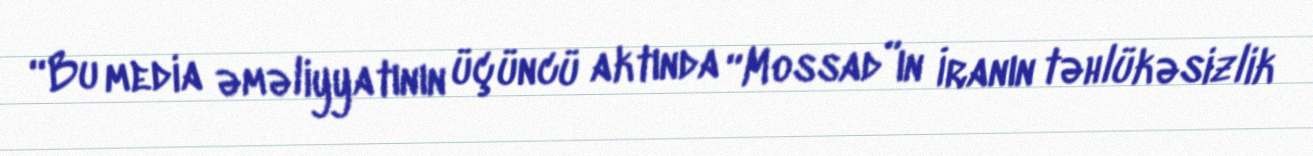
“Bu media əməliyyatının üçüncü aktında “Mossad”ın İranın təhlükəsizlik